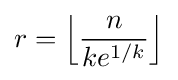
r=\left\lfloor {\frac {n}{ke^{1/k}}}\right\rfloor